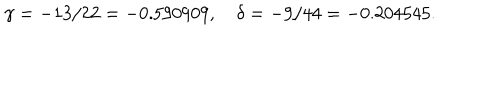
\gamma = - 1 3 / 2 2 = - 0 . 5 9 0 9 0 9 , \quad \delta = - 9 / 4 4 = - 0 . 2 0 4 5 4 5 .